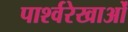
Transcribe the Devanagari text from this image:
पार्श्वरेखाओं